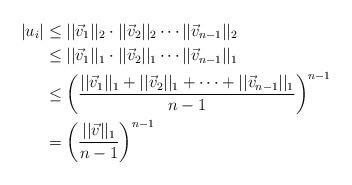
LaTeX: \begin{align*} |u_i| & \leq ||\vec{v}_1||_2\cdot ||\vec{v}_2||_2 \cdots ||\vec{v}_{n-1}||_2 \\ & \leq ||\vec{v}_1||_1\cdot ||\vec{v}_2||_1 \cdots ||\vec{v}_{n-1}||_1 \\ & \leq \left(\frac{ ||\vec{v}_1||_1 + ||\vec{v}_2||_1 + \cdots + ||\vec{v}_{n-1}||_1}{n-1}\right)^{n-1}\\ &= \left(\frac{||\vec{v}||_1}{n-1}\right)^{n-1} \\\end{align*}